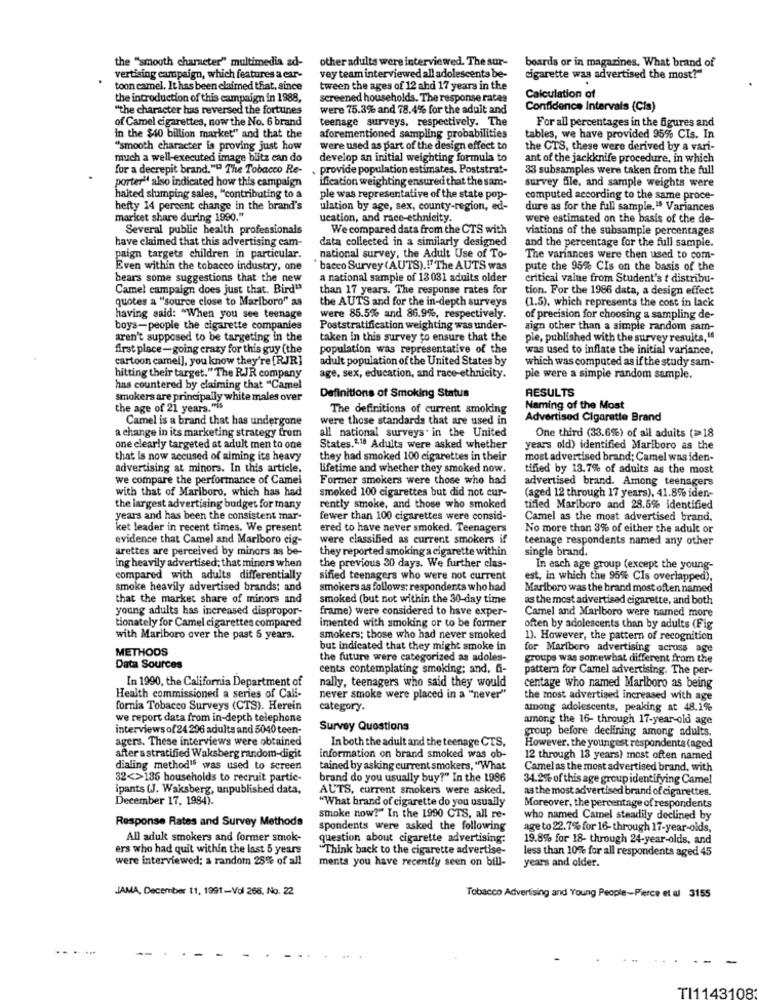
the "smooth character" multimedia ad-
other adults were interviewed. The sur-
boards or in magazines. What brand of
vertising campaign, which features a car-
vey team interviewed all adolescents be-
cigarette was advertised the most?"
toon camel. It has been claimed that, since
tween the ages of 12 ahd 17 years in the
the introduction of this campaign in 1988,
screened households. The response rates
Calculation of
"the character has reversed the fortunes
were 75.3% and 78.4% for the adult and
Confidence Intervals (Cis)
of Camel cigarettes, now the No. 6 brand
teenage surveys, respectively. The
For all percentages in the figures and
in the $40 billion market" and that the
aforementioned sampling probabilities
tables, we have provided 95%% CIs. In
"smooth character is proving just how
were used as part of the design effect to
the CTS, these were derived by a vari-
much a well-executed image blitz can do
develop an initial weighting formula to
ant of the jackknife procedure, in which
for a decrepit brand."" The Tobacco Re-
provide population estimates. Poststrat-
33 subsamples were taken from the full
ification weighting ensured that the sam-
survey file, and sample weights were
porter" also indicated how this campaign
halted slumping sales, "contributing to a
ple was representative of the state pop-
computed according to the same proce-
hefty 14 percent change in the brand's
ulation by age, sex, county-region, ed-
dure as for the full sample," Variances
market share during 1990."
ucation, and race-ethnicity.
were estimated on the basis of the de-
Several public health professionals
We compared data from the CTS with
viations of the subsample percentages
have claimed that this advertising cam-
data collected in a similarly designed
and the percentage for the full sample.
paign targets children in particular.
national survey, the Adult Use of To-
The variances were then used to com-
Even within the tobacco industry, one
" bacco Survey (AUTS) .! " The AUTS was
pute che 95% CIs on the basis of the
bears some suggestions that the new
a national sample of 13031 aduits older
critical value from Student's t distribu-
Camel campaign does just that. Bird"
than 17 years. The response rates for
tion. For the 1986 data, a design effect
quotes a "source close to Marlboro" as
the AUTS and for the in-depth surveys
(1.5), which represents the cost in lack
having said: "When you see teenage
were 85.5% and 86.9%, respectively.
of precision for choosing a sampling de-
boys-people the cigarette companies
Poststratification weighting was under-
sign other than a simple random sam-
aren't supposed to be targeting in the
taken in this survey to ensure that the
ple, published with the survey results, "
first place- going crazy for this guy (the
population was representative of the
was used to inflate the initial variance,
cartoon camel], you know they're [RJR]
adult population of the United States by
which was computed as if the study sam-
hitting their target." The RJR company
age, sex, education, and race-ethnicity.
ple were a simple random sample.
has countered by claiming that "Camel
RESULTS
smokers are principally white males over
Definitions of Smoking Status
the age of 21 years. "is
The definitions of current smoking
Naming of the Most
Camel is a brand that has undergone
were those standards that are used in
Advertised Cigarette Brand
a change in its marketing strategy from
all national surveys. in the United
One third (33.6%) of all aduits (=18
one clearly targeted at adult men to one
States.2.18 Adults were asked whether
years old) identified Marlboro as the
that is now accused of alming its heavy
they had smoked 100 cigarettes in their
most advertised brand; Camel was iden-
advertising at minors. In this article,
Lifetime and whether they smoked now.
tified by 13.7% of adults as the most
we compare the performance of Camel
Former smokers were those who had
advertised brand. Among teenagers
with that of Marlboro, which has had
smoked 100 cigarettes but did not cur-
(aged 12 through 17 years), 41.8% iden-
the largest advertising budget for many
rently smoke, and those who smoked
tified Marlboro and 28.5% identified
years and has been the consistent mar-
fewer than 100 cigarettes were consid-
Camel as the most advertised brand.
ket leader in recent times. We present
ered to have never smoked. Teenagers
No more than 3% of either the adult or
evidence that Camel and Marlboro cig-
were classified as current smokers if
teenage respondents named any other
arettes are perceived by minors as be-
they reported smoking a cigarette within
single brand.
ing heavily advertised; that minors when
the previous 30 days. We further clas-
In each age group (except the young-
compared with adults differentially
sified teenagers who were not current
est, in which the 95% CIs overlapped),
smoke heavily advertised brands: and
smokers as follows: respondents who had
Marlboro was the brand most often named
that the market share of minors and
smoked (but not within the 30-day time
as the most advertised cigarette, and both
young adults has increased dispropor-
frame) were considered to have exper-
Camel and Marlboro were named more
tionately for Camel cigarettes compared
imented with smoking or to be former
often by adolescents than by adults (Fig
with Marlboro over the past 5 years.
smokers; those who had never smoked
1). However, the pattern of recognition
METHODS
but indicated that they might smoke in
for Marlboro advertising across age
the future were categorized as adoles-
groups was somewhat different from the
Data Sources
cents contemplating smoking; and. G-
pattern for Camel advertising. The per-
nally, teenagers who said they would
In 1990, the California Department of
centage who named Marlboro as being
Health commissioned a series of Cali-
never smoke were placed in a "never"
the most advertised increased with age
fornia Tobacco Surveys (CTS). Herein
category.
among adolescents, peaking at 48.1%
we report data from in-depth telephone
among the 16- through 17-year-old age
interviews of24 296 adults and 5040 teen-
Survey Questions
group before declining among adults.
agers. These interviews were obtained
In both the adult and the teenage CTS,
However, the youngest respondents (aged
after a stratified Waksberg random-digit
information on brand smoked was ob-
12 through 13 years) most often named
dialing method" was used to screen
tained by asking current smokers, "What
Camel as the most advertised brand. with
32<>135 households to recruit partic-
brand do you usually buy?" In the 1986
34.2% of this age group identifying Camel
ipants (J. Waksberg, unpublished data,
AUTS, current smokers were asked.
as the most advertised brand of cigarettes.
December 17, 1984).
"What brand of cigarette do you usually
Moreover, the percentage of respondents
Response Rates and Survey Methods
smoke now?" In the 1990 CTS, all re-
who named Camel steadily declined by
spondents were asked the following
age to 22.7% for 16-through 17-year-olds.
All adult smokers and former smok-
question about cigarette advertising:
19.8% for 18- through 24-year-olds, and
ers who had quit within the last 5 years
"Think back to the cigarette advertise-
less than 10% for all respondents aged 45
were interviewed; a random 28% of all
ments you have recently seen on bill-
years and older.
JAMA, December 11, 1991-Vol 266, No. 22
Tobacco Advertising and Young People-Pierce et w 3155
TI1143108